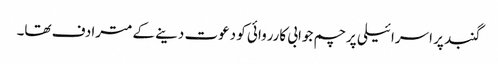
گنبد پر اسرائیلی پرچم جوابی کارروائی کو دعوت دینے کے مترادف تھا۔